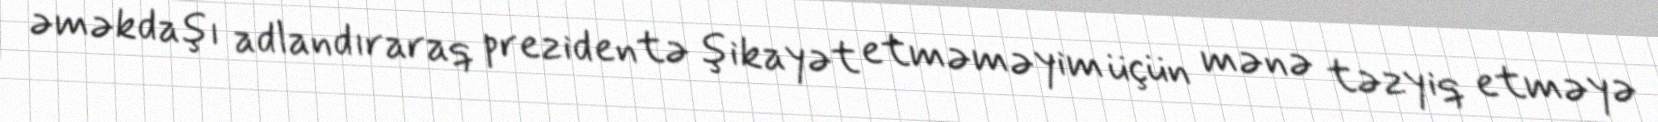
əməkdaşı adlandıraraq prezidentə şikayət etməməyim üçün mənə təzyiq etməyə